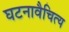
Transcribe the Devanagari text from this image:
घटनावैचित्य